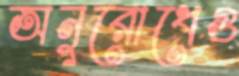
অনুরোধেও